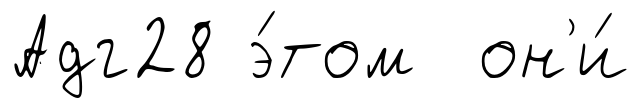
Адг28 э́том он'и́